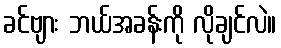
ခင်ဗျား ဘယ်အခန်းကို လိုချင်လဲ။